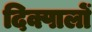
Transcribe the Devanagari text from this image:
दिक्पालों